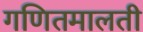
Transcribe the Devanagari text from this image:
गणितमालती